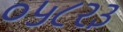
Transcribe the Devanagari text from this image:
०५८२३